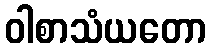
ဝါစာသံယတော